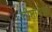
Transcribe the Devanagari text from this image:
गीतांपेक्षा